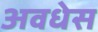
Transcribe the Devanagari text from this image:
अवधेस